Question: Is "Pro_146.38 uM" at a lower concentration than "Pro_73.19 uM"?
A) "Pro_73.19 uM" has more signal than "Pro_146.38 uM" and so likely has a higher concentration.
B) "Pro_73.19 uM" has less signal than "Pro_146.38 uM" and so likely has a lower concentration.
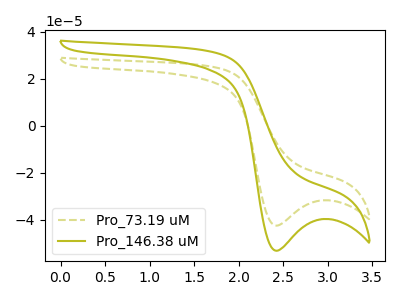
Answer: <think>The olive dashed curve "Pro_73.19 uM" has a cathodic peak at: (2.40V, -42.40uA). The olive curve "Pro_146.38 uM" has a cathodic peak at: (2.40V, -53.10uA).
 All the peaks in "Pro_73.19 uM" have a peak in "Pro_146.38 uM" at the same potential. Every peak in "Pro_73.19 uM" is lower than every peak in "Pro_146.38 uM".</think>
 <answer>B) "Pro_73.19 uM" has less signal than "Pro_146.38 uM" and so likely has a lower concentration.</answer>
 <eval>B</eval>